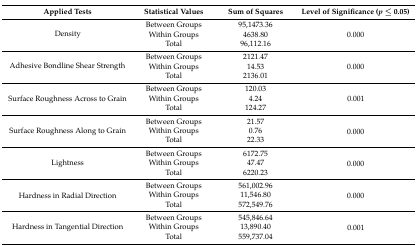
<table><thead><tr><td><b>Applied Tests</b></td><td><b>Statistical Values</b></td><td><b>Sum of Squares</b></td><td><b>Level of Significance (<i>p</i> ≤ 0.05)</b></td></tr></thead><tbody><tr><td rowspan="3">Density</td><td>Between Groups</td><td>95,1473.36</td><td rowspan="3">0.000</td></tr><tr><td>Within Groups</td><td>4638.80</td></tr><tr><td>Total</td><td>96,112.16</td></tr><tr><td rowspan="3">Adhesive Bondline Shear Strength</td><td>Between Groups</td><td>2121.47</td><td rowspan="3">0.000</td></tr><tr><td>Within Groups</td><td>14.53</td></tr><tr><td>Total</td><td>2136.01</td></tr><tr><td rowspan="3">Surface Roughness Across to Grain</td><td>Between Groups</td><td>120.03</td><td rowspan="3">0.001</td></tr><tr><td>Within Groups</td><td>4.24</td></tr><tr><td>Total</td><td>124.27</td></tr><tr><td rowspan="3">Surface Roughness Along to Grain</td><td>Between Groups</td><td>21.57</td><td rowspan="3">0.000</td></tr><tr><td>Within Groups</td><td>0.76</td></tr><tr><td>Total</td><td>22.33</td></tr><tr><td rowspan="3">Lightness</td><td>Between Groups</td><td>6172.75</td><td rowspan="3">0.000</td></tr><tr><td>Within Groups</td><td>47.47</td></tr><tr><td>Total</td><td>6220.23</td></tr><tr><td rowspan="3">Hardness in Radial Direction</td><td>Between Groups</td><td>561,002.96</td><td rowspan="3">0.000</td></tr><tr><td>Within Groups</td><td>11,546.80</td></tr><tr><td>Total</td><td>572,549.76</td></tr><tr><td rowspan="3">Hardness in Tangential Direction</td><td>Between Groups</td><td>545,846.64</td><td rowspan="3">0.001</td></tr><tr><td>Within Groups</td><td>13,890.40</td></tr><tr><td>Total</td><td>559,737.04</td></tr></tbody></table>